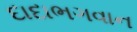
દાદાભગવાન